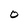
Character: O